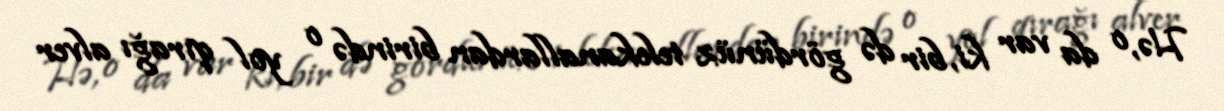
Hə, o da var ki, bir də gördünüz telekanallardan birində o yol qırağı alver